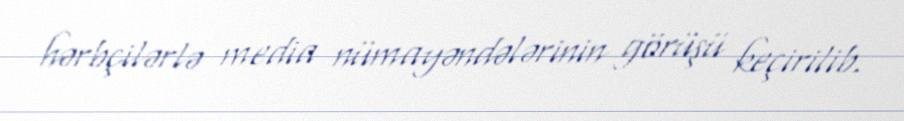
hərbçilərlə media nümayəndələrinin görüşü keçirilib.